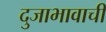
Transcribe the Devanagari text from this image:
दुजाभावाची